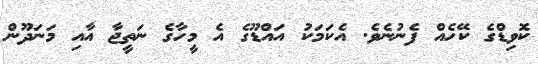
ކޮވިޑްގެ ކޭހެއް ފެނުނެވެ. އެކަމަކު އައްޑޫގެ އެ މީހާގެ ނަތީޖާ އާއި މަނަދޫން